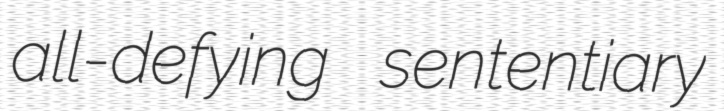
all-defying sententiary